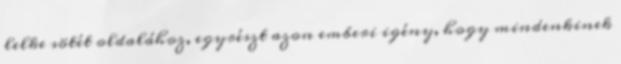
lelke sötét oldalához, egyrészt azon emberi igény, hogy mindenkinek